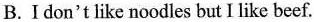
B. I don't like noodles but I like beef.